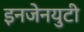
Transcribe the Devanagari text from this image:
इनजेनयुटी